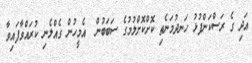
އަދި ގެ ރަސްކަންފުޅު ހަނދުމަނެތި ކޮށްކޮށްލުމުގެ ސަބަބުން  އެމީހުން ގެއްލެނި ކުރައްވާފައިވާ